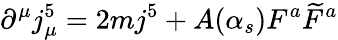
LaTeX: \partial^{\mu}j_{\mu}^{5}=2mj^{5}+A(\alpha_{s})F^{a}\widetilde{F}^{a}